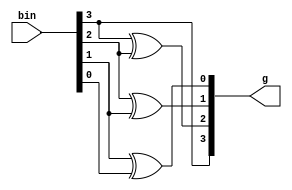
module bin2gray(input[3:0] bin, output[3:0] g);

	assign g[3] = bin[3];
	assign g[2] = bin[3] ^ bin[2];
	assign g[1] = bin[2] ^ bin[1];
	assign g[0] = bin[1] ^ bin[0];

endmodule